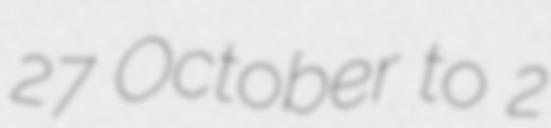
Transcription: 27 October to 2